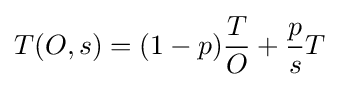
T(O,s)=(1-p){\frac {T}{O}}+{\frac {p}{s}}T